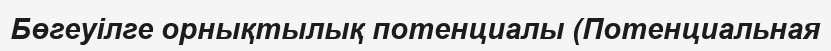
Бөгеуілге орнықтылық потенциалы (Потенциальная